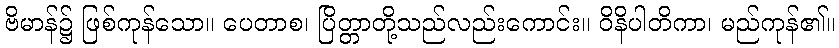
ဗိမာန်၌ ဖြစ်ကုန်သော။ ပေတာစ၊ ပြိတ္တာတို့သည်လည်းကောင်း။ ဝိနိပါတိကာ၊ မည်ကုန်၏။